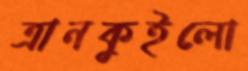
ত্রানকুইলো